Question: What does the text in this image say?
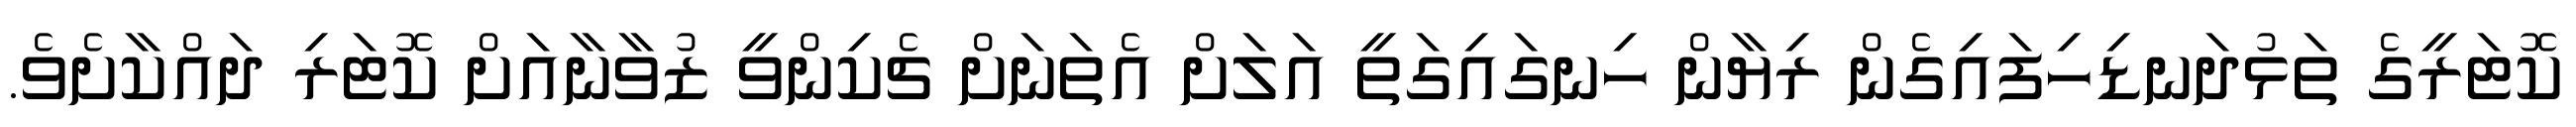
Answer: ކޮޓަރީގެ ތަޅުދަނޑިހިފައިގެން ރިޔާން ހިނގައިގަތީ އަލަށް އެތަނަށް ޗެކިންވީ ޒުވާނާއަށް ކޮޓަރި ދައްކާށެވެ.